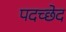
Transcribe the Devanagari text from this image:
पदच्‍छेद